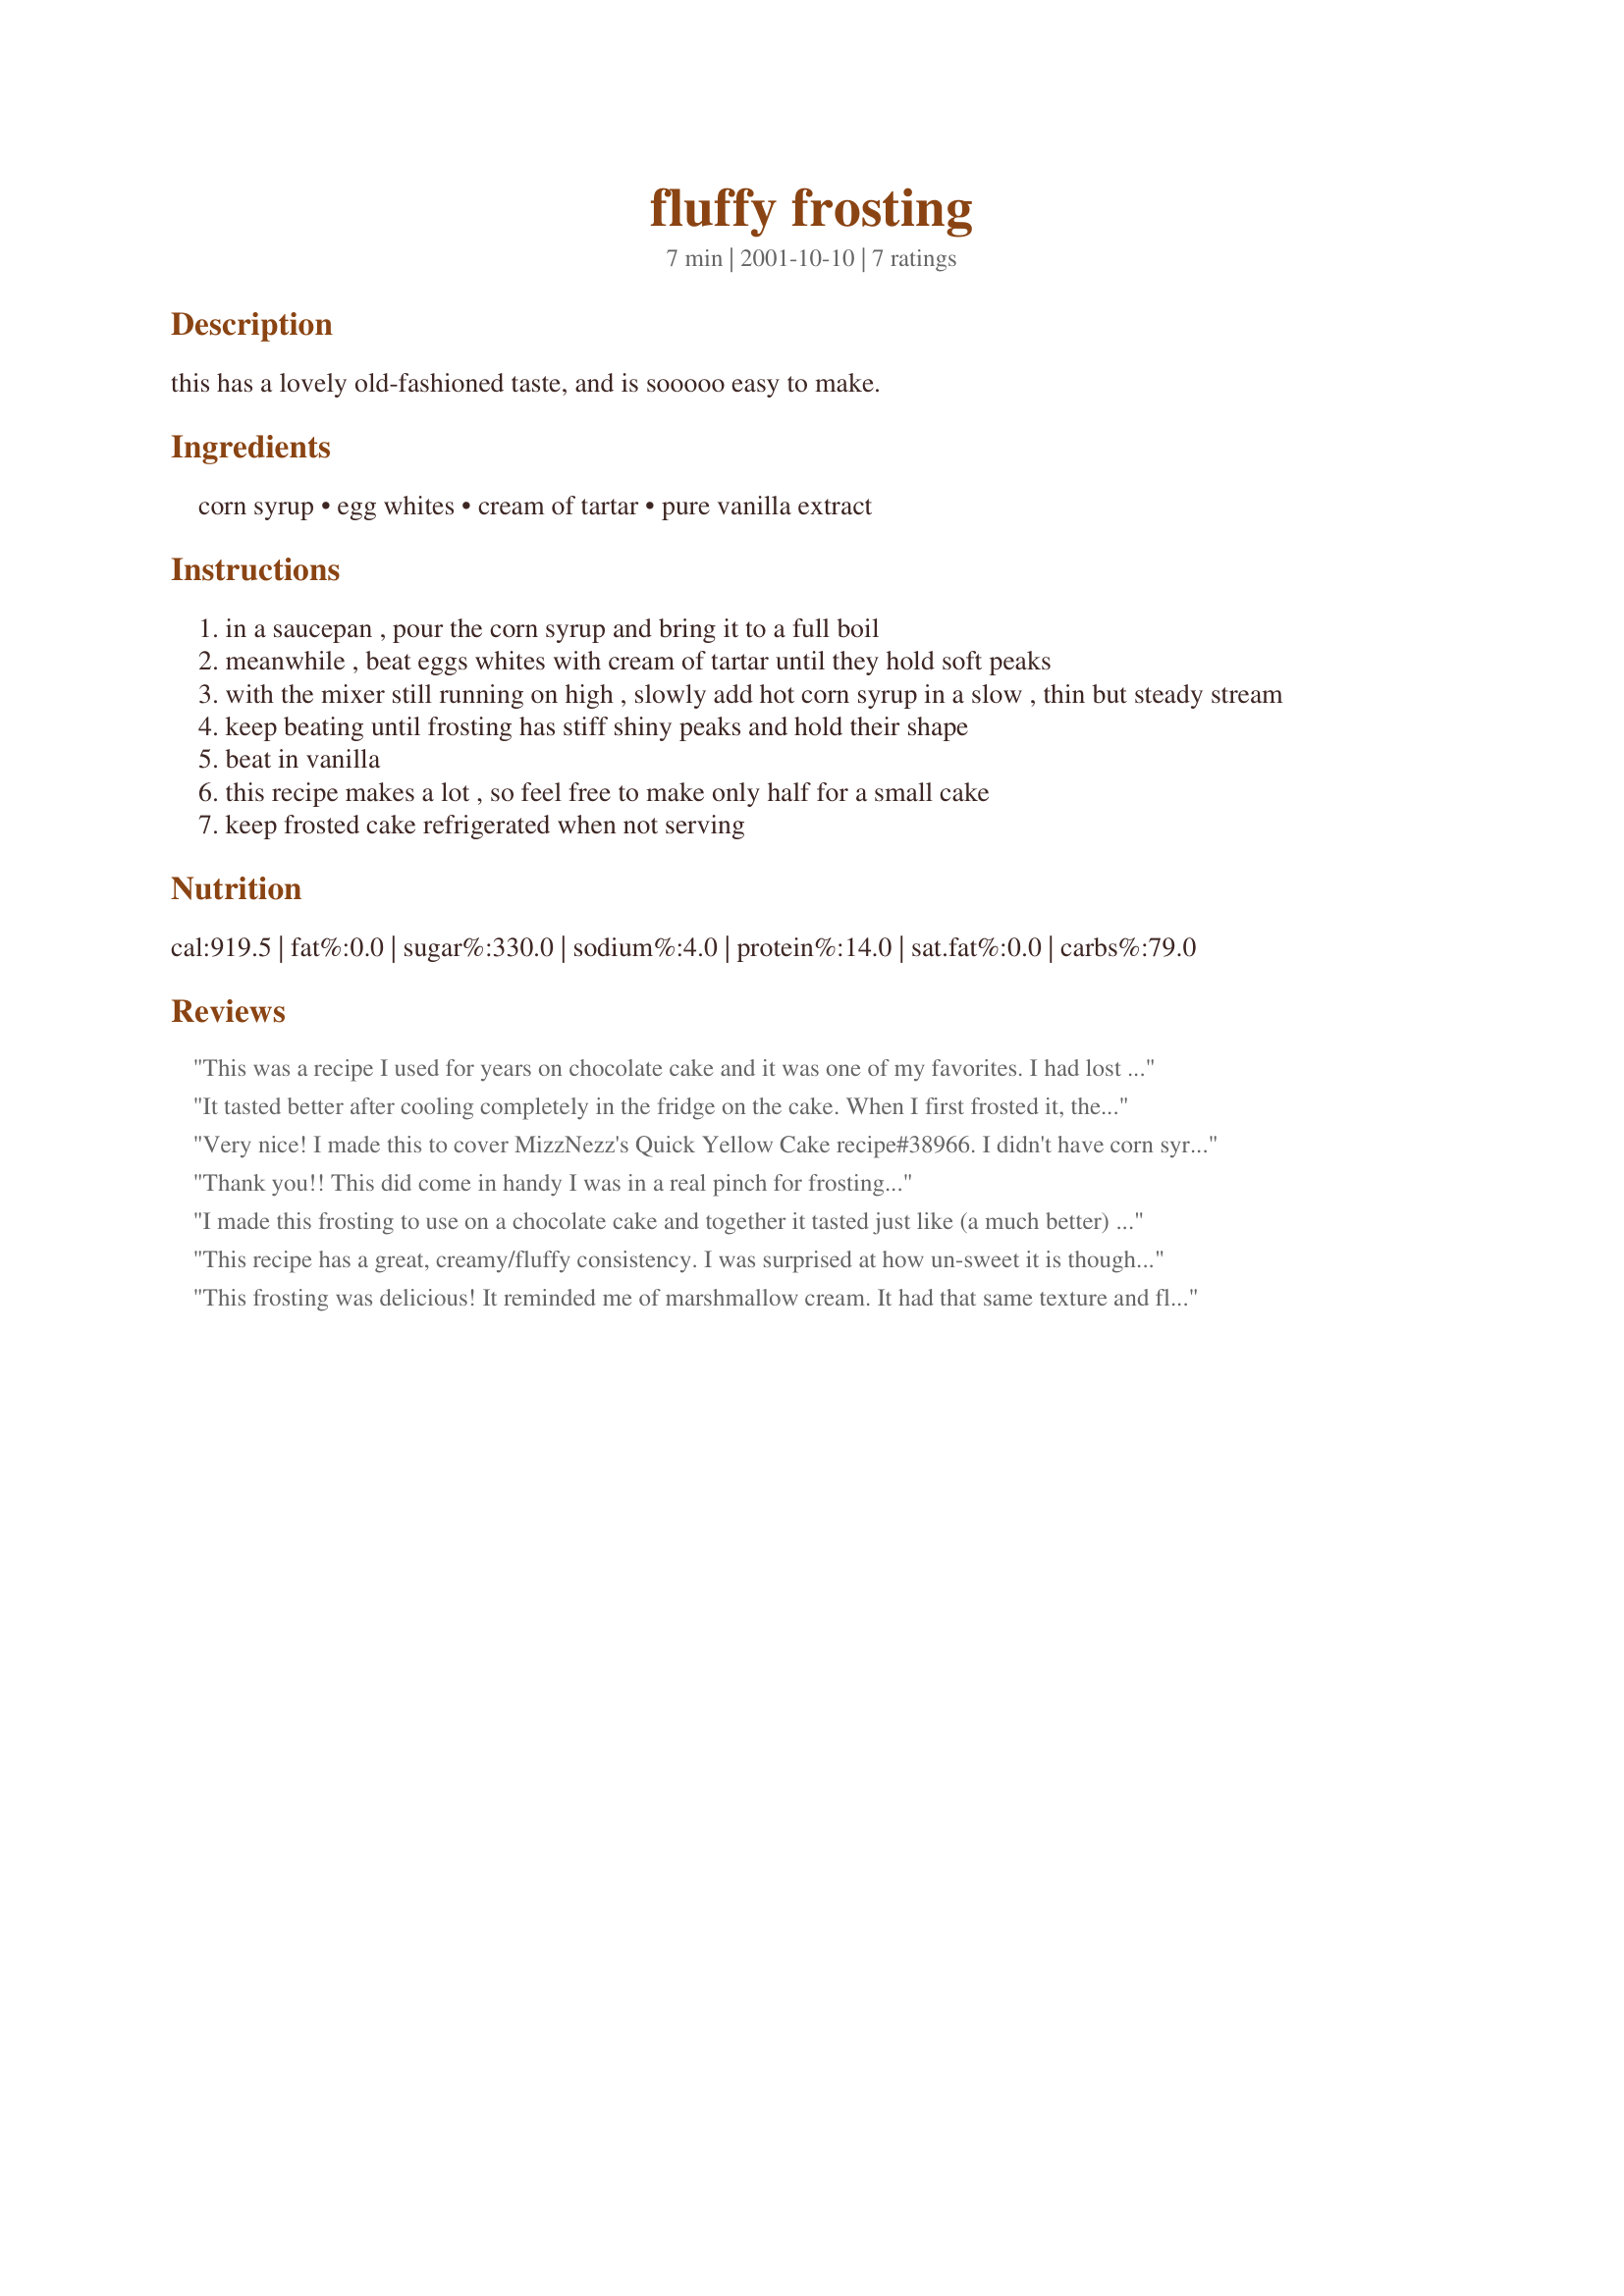
fluffy frosting
Preparation time: 7 minutes

this has a lovely old-fashioned taste, and is sooooo easy to make.

Ingredients:
corn syrup, egg whites, cream of tartar, pure vanilla extract

Steps:
in a saucepan , pour the corn syrup and bring it to a full boil
meanwhile , beat eggs whites with cream of tartar until they hold soft peaks
with the mixer still running on high , slowly add hot corn syrup in a slow , thin but steady stream
keep beating until frosting has stiff shiny peaks and hold their shape
beat in vanilla
this recipe makes a lot , so feel free to make only half for a small cake
keep frosted cake refrigerated when not serving

Reviews:
This was a recipe I used for years on chocolate cake and it was one of my favorites. I had lost it and am so glad to see it posted here. As I recall, the reason I liked it so much is that it is one that stays soft and does not crust over. I will make it again soon. Thanks for posting.
It tasted better after cooling completely in the fridge on the cake. When I first frosted it, the taste (and scent) of warm vanilla extract was repugnant. Not sure what I could have done differently there. But thankfully, my family (whom I had made the cake for) was too tired that night for it, so we had it last night. The taste was better. I loved the silky texture, but it does have a very different flavor than the creamy, buttery frostings.
Very nice! I made this to cover MizzNezz's Quick Yellow Cake recipe#38966. I didn't have corn syrup so used Arabic syrup which is mostly corn syrup with vanilla added. The frosting didn't thicken up too much, I'm sure do to using the arabic syrup. But all that said, it was delicious and my family loved it! Thank you!
Thank you!! This did come in handy I was in a real pinch for frosting...
I made this frosting to use on a chocolate cake and together it tasted just like (a much better) Devil Dog. This is super easy and not at all too sweet. The consistency reminds me of marshmallow fluff. Will definitely make again! Thanks for posting!
This recipe has a great, creamy/fluffy consistency. I was surprised at how un-sweet it is though. I think this would be great paired with a rich desert -- such as an interesting frosting for brownies, or making cookie sandwiches, to balance out the richness of the other item it is paired with. I was hoping to use it for cupcakes for a kids party, and will not be using it for that. I don't think the kids will like it, it's not sweet enough; and, I don't think it will add enough pizazz to the white cake cupcakes I am making. I will use it for something else though -- very quick and easy to make. I'm not a baker, and had no problem getting the consistency right the first time.
This frosting was delicious! It reminded me of marshmallow cream. It had that same texture and flavor. I beat mine for quite awhile and was able to get peaks, but not ones that would stay in place, so I'm not sure if I did everything right. Either way, it was delicious and a unique way to frost our Valentine's day cupcakes! The kiddos loved it! Thanks!
